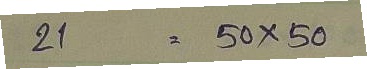
21 = 50 x 50